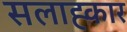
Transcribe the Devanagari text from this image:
सलाह्कार